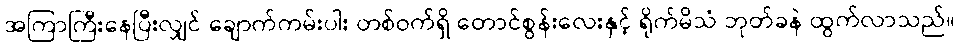
အကြာကြီးနေပြီးလျှင် ချောက်ကမ်းပါး တစ်ဝက်ရှိ တောင်စွန်းလေးနှင့် ရိုက်မိသံ ဘုတ်ခနဲ ထွက်လာသည်။